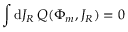
\int \mathrm { d } J _ { R } \, Q ( \Phi _ { m } , J _ { R } ) = 0